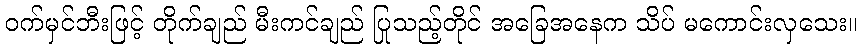
ဝက်မှင်ဘီးဖြင့် တိုက်ချည် မီးကင်ချည် ပြုသည့်တိုင် အခြေအနေက သိပ် မကောင်းလှသေး။